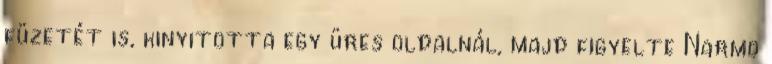
füzetét is, kinyitotta egy üres oldalnál, majd figyelte Narmo